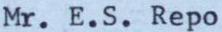
Mr .E.S. Repo